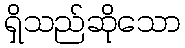
ရှိသည်ဆိုသော